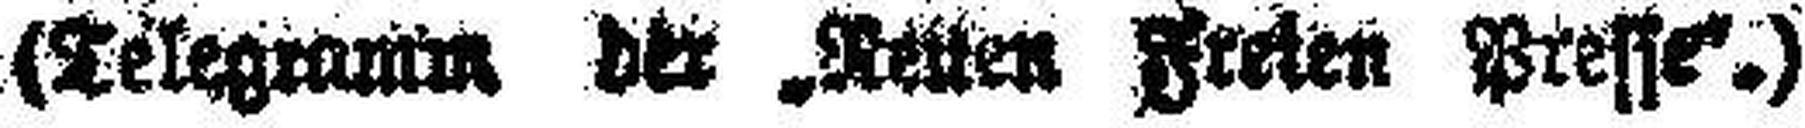
(Telegramm der „Neuen Freien Presse“.)